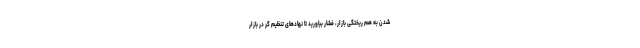
شدن به هم ریختگی بازار، فشار بیاورید تا نهادهای تنظیم گر در بازار